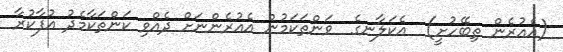
(އެއުރެން ތިބޭހުށީ)  އެކަލާނގެ  ވަންތަކަމުން އެއުރެންނަށް ދެއްވި ކަންތަކާމެދު އުފާކުރާ